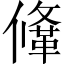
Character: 鞗